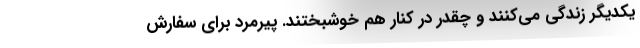
یکدیگر زندگی می‌کنند و چقدر در کنار هم خوشبختند. پیرمرد برای سفارش